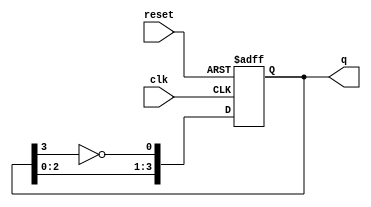
module johnson_counter #(
    parameter BIT_WIDTH = 4  // Change this to 6, 8, etc. for larger counters
) (
    input wire clk,          // Clock signal
    input wire reset,        // Asynchronous reset
    output reg [BIT_WIDTH-1:0] q  // Counter output
);

    always @(posedge clk or posedge reset) begin
        if (reset) begin
            q <= 0;  // Reset all bits to 0
        end else begin
            // Johnson counter logic
            q <= {q[BIT_WIDTH-2:0], ~q[BIT_WIDTH-1]};
        end
    end

endmodule